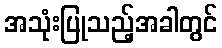
အသုံးပြုသည့်အခါတွင်